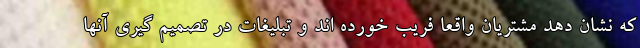
که نشان دهد مشتریان واقعا فریب خورده اند و تبلیغات در تصمیم گیری آنها